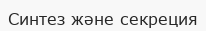
Синтез және секреция